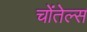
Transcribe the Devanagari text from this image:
चोंतेल्स